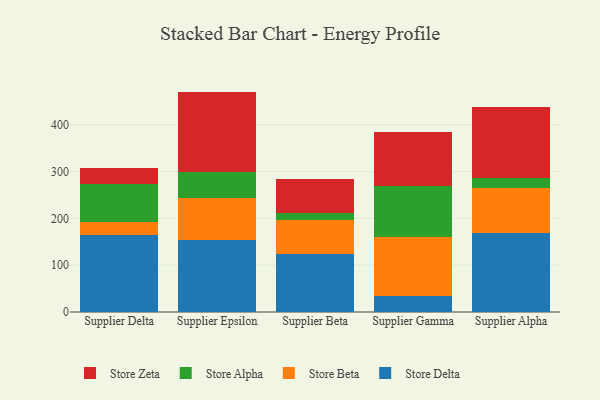
{"axis": {"x": "Supplier", "y": "Shipments"}, "legend": ["Store Alpha", "Store Beta", "Store Delta", "Store Zeta"], "data": [{"x": "Supplier Delta", "y": 165.2, "type": "Store Delta"}, {"x": "Supplier Delta", "y": 26.7, "type": "Store Beta"}, {"x": "Supplier Delta", "y": 81.3, "type": "Store Alpha"}, {"x": "Supplier Delta", "y": 33.6, "type": "Store Zeta"}, {"x": "Supplier Epsilon", "y": 153.7, "type": "Store Delta"}, {"x": "Supplier Epsilon", "y": 90.9, "type": "Store Beta"}, {"x": "Supplier Epsilon", "y": 53.8, "type": "Store Alpha"}, {"x": "Supplier Epsilon", "y": 172.7, "type": "Store Zeta"}, {"x": "Supplier Beta", "y": 123.1, "type": "Store Delta"}, {"x": "Supplier Beta", "y": 74.2, "type": "Store Beta"}, {"x": "Supplier Beta", "y": 13.3, "type": "Store Alpha"}, {"x": "Supplier Beta", "y": 74.5, "type": "Store Zeta"}, {"x": "Supplier Gamma", "y": 33.8, "type": "Store Delta"}, {"x": "Supplier Gamma", "y": 126.9, "type": "Store Beta"}, {"x": "Supplier Gamma", "y": 109.6, "type": "Store Alpha"}, {"x": "Supplier Gamma", "y": 115.5, "type": "Store Zeta"}, {"x": "Supplier Alpha", "y": 169.0, "type": "Store Delta"}, {"x": "Supplier Alpha", "y": 95.7, "type": "Store Beta"}, {"x": "Supplier Alpha", "y": 21.5, "type": "Store Alpha"}, {"x": "Supplier Alpha", "y": 151.8, "type": "Store Zeta"}]}